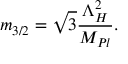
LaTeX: m _ { 3 / 2 } = \sqrt { 3 } \frac { \Lambda _ { H } ^ { 2 } } { M _ { P l } } .